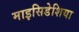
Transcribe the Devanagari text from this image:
माइसिडेशिया